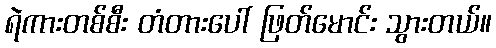
ရဲကားတစ်စီး တံတားပေါ် ဖြတ်မောင်း သွားတယ်။